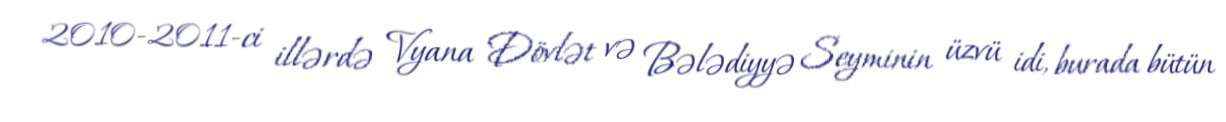
2010-2011-ci illərdə Vyana Dövlət və Bələdiyyə Seyminin üzvü idi, burada bütün